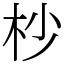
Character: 杪